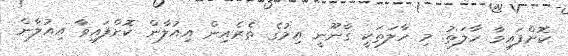
ކޮށްފައިވާ ހާލަތު. މި ހާލަތަކީ ގާނޫނީ އިމުގެ ތެރެއިން އިއުލާން ކޮށްފައިވާ އިއުލާން